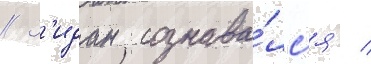
// З'идан сознава́лс'я /